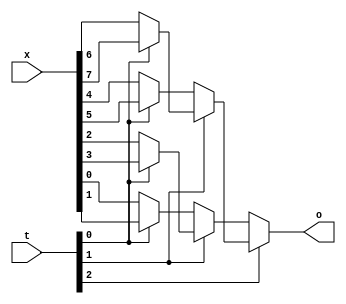
module mux8_1(o,x,t);
 output o;
 input [7:0]x;
 input [2:0]t; 
 wire t1,t2,t3;
 wire x1,x2,x3,x4,x5,x6,x7,x8; 
 assign {x1,x2,x3,x4,x5,x6,x7,x8}=x;
 assign {t1,t2,t3}=t;
 assign o=t1?(t2?(t3?x1:x2):(t3?x3:x4)):(t2?(t3?x5:x6):(t3?x7:x8));
 endmodule